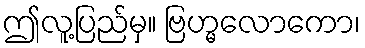
ဤလူ့ပြည်မှ။ ဗြဟ္မလောကော၊